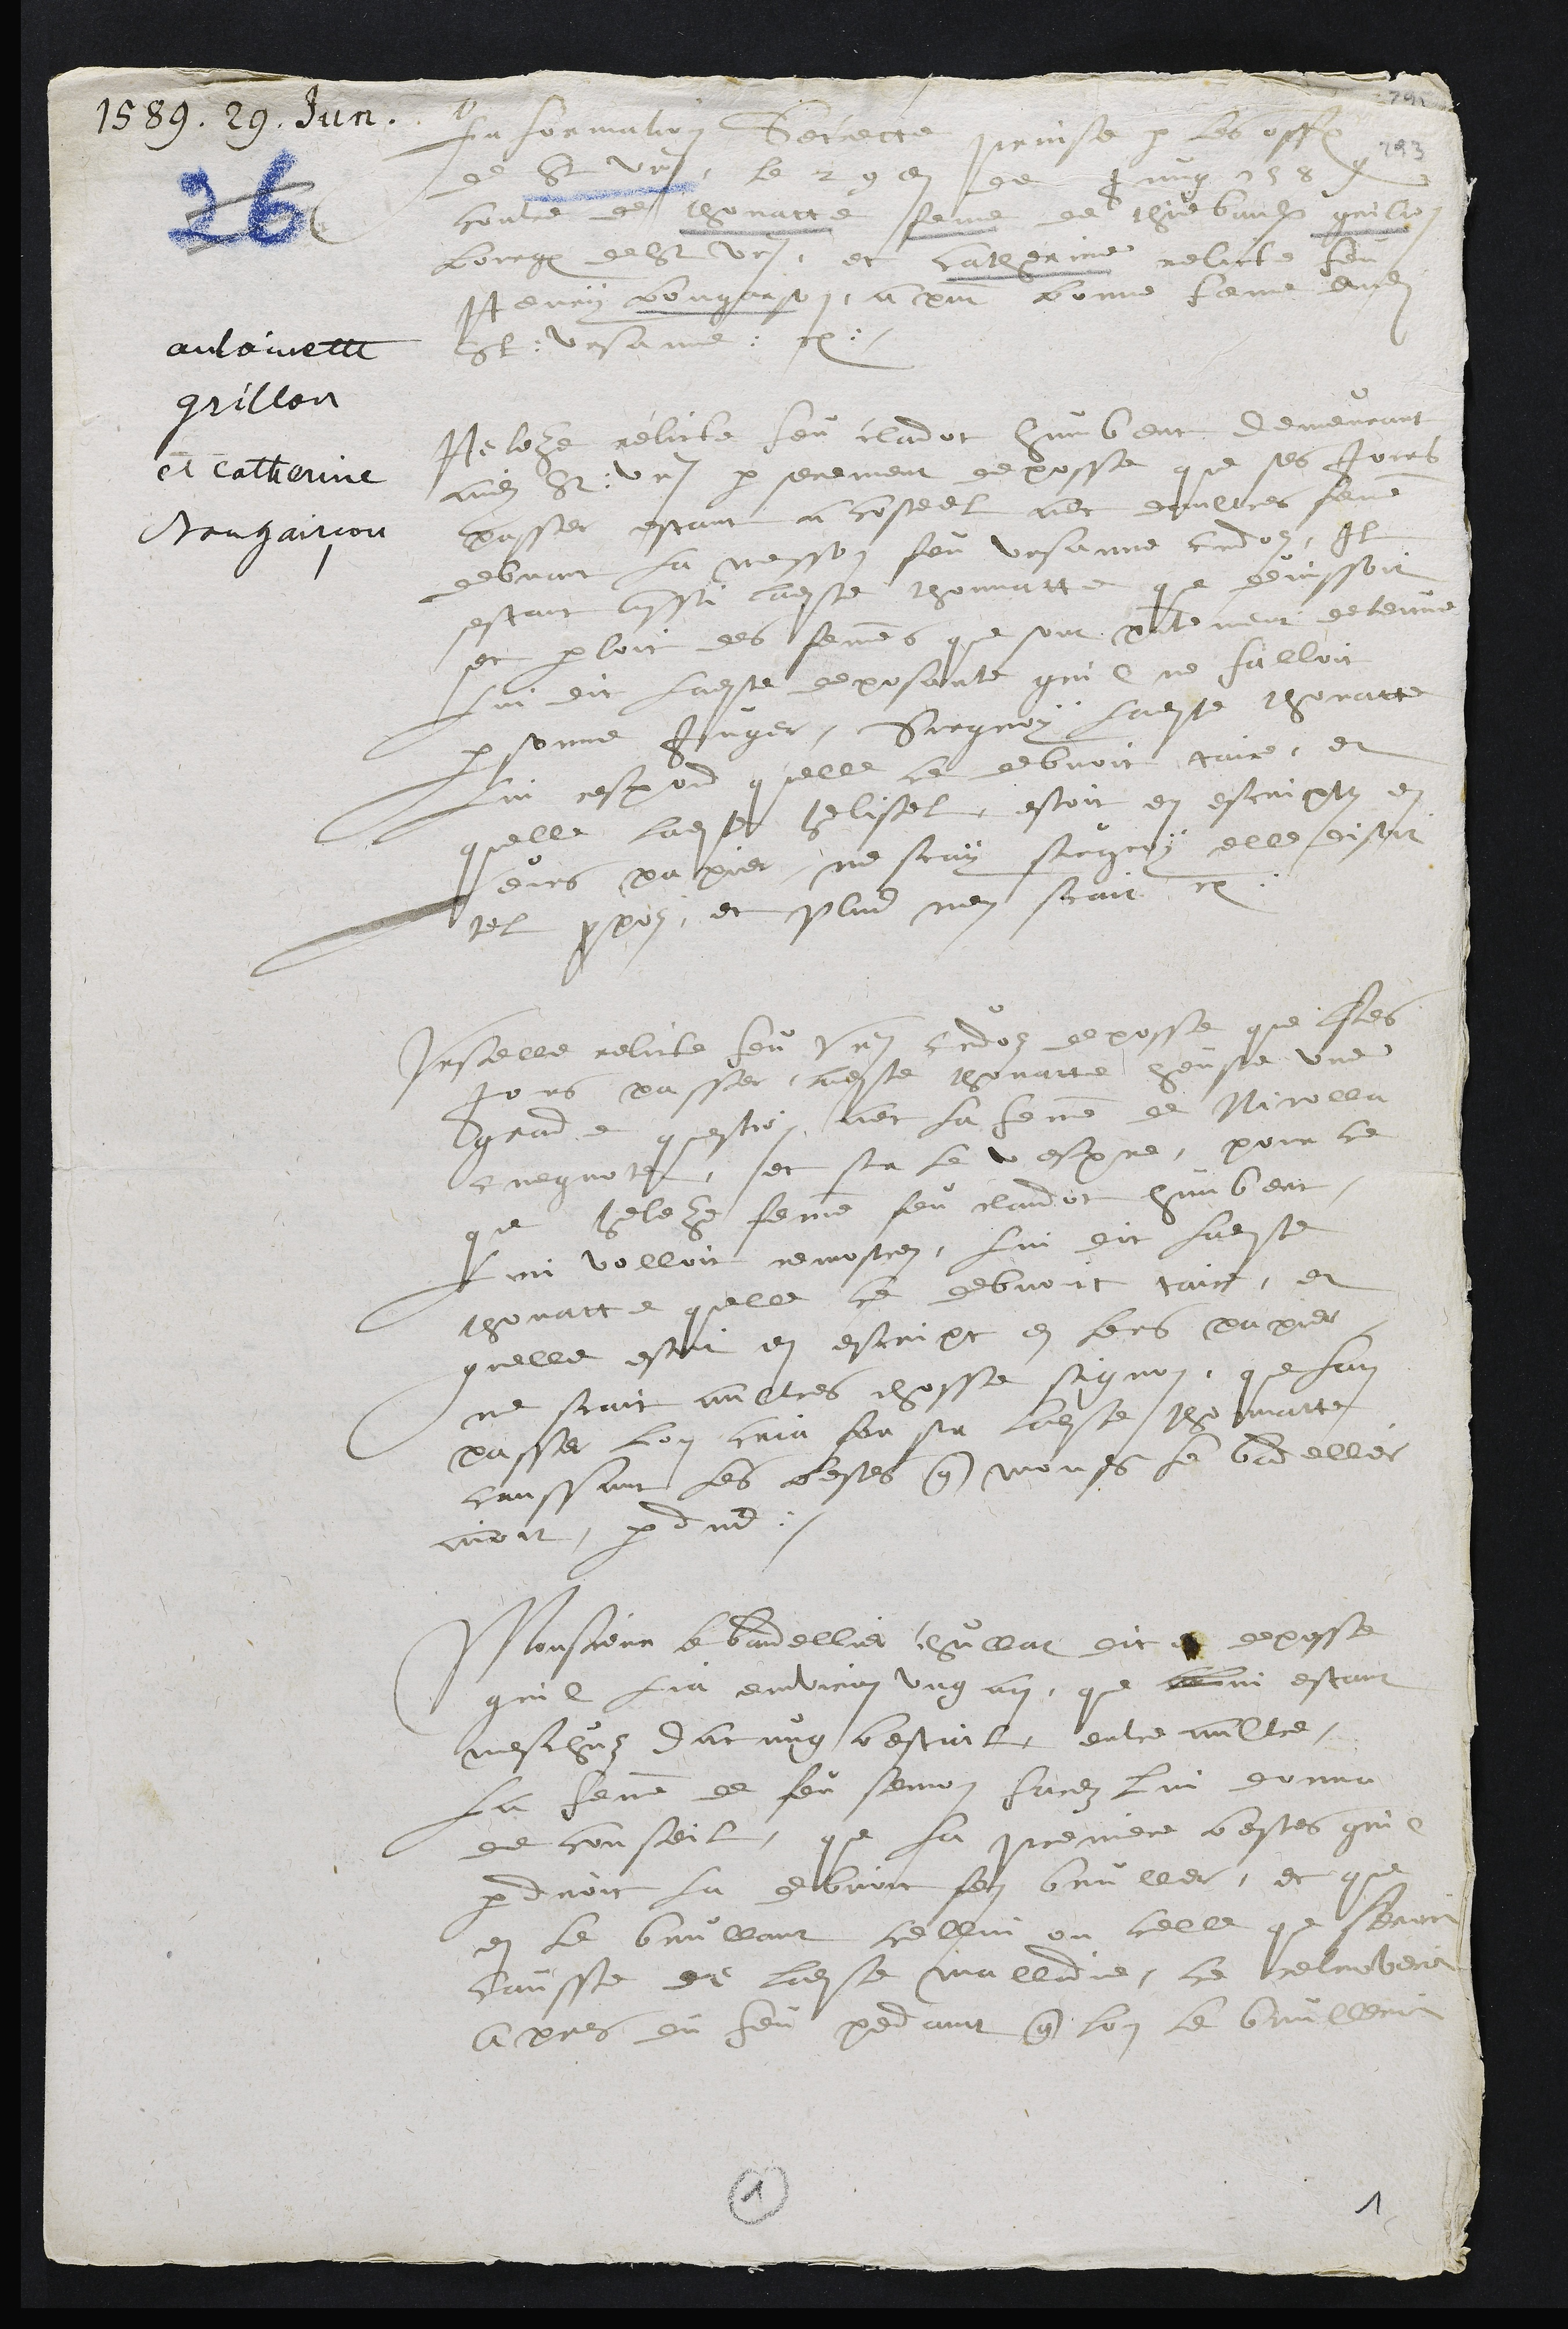
1589. 29. Jun.
antoinette
grillon
et catherine
Bongairçon
Information secrette prinse par les officiers
de Saint Ursanne, le 29e de jung 1589
contre de thonatte femme de thiebaulx grilon
bourgeois de Saint Ursanne, et Catherine relicte feu
Henry bongarson, a present bonne femme audi
Saint : Ursanne : etc.
Heleze relicte feu claudot humbert demeurant
audi St : Ursanne par serement deposse que ses jours
passer estant a costeel avec daultres femme
debvant la messon feu Ursanne cudoz, Il
estant aussi ladite thonnatte que devissoit
et parloit des femmes que sont presentement detenue
lui dit ladite deposante quil ne falloit
personne juger, sur quoy ladite thonatte
lui respond quelle ce debvoit taire, et
quelle ladite helisel, estoit en escripts en
leurs papier, ne scay sur quoy elle disoit
tel propos, et plus nen scait. etc.
Urselle relicte feu Ursanne cudos deposse que ses
jours passer, ladite thonatte heu une
grande question avec la femme de Nicolla
cuegnotet, et sur le vespre, pour ce
que heleze femme feu claudot humbert
lui volloit remostrer, lui dit ladite
thonatte quelle ce debvoit taire, et
quelle estoit en escript en lers papier
ne scait aultres chosse signon, que lan
passer lon cria for sur ladite thonnatte
caussant les bestes que monsieur le bandellier
avoit perdus.
Monsieur le bandellier chullat dit et deposse
quil lia environ ung an, que lui estant
meschus dacung bestail, entre aultre
la femme de feu semon Farez lui donna
le conseil, que la premiere bestes quil
perdroit la debvoit fer bruller, et que
en le brullant cellui ou celle que seroit
causse de ladite malladie, ce retroveroit
apres du feu pendant que lon le brulleroit